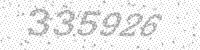
Solution: 335926